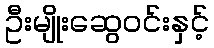
ဦးမျိုးဆွေဝင်းနှင့်